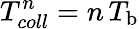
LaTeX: T_{coll}^{n}=n\, T_{\mathrm{b}}